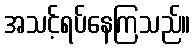
အသင့်ရပ်နေကြသည်။